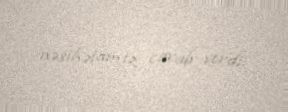
nəsihətamiz cavab verdi.